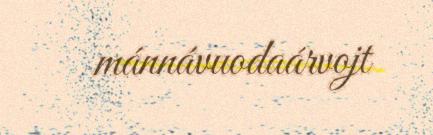
mánnávuodaárvojt